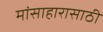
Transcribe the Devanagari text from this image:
मांसाहारासाठी